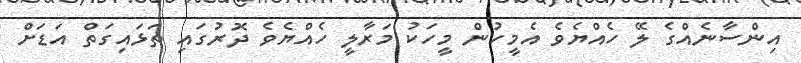
އިންސާނެއްގެ ލޭ ހެއްޔެވެ އެމީހުން މީހަކު މަރާލީ ހެއްޔެވެ ދޮރުގައި ތަޅައިގަތް އަޑަށް